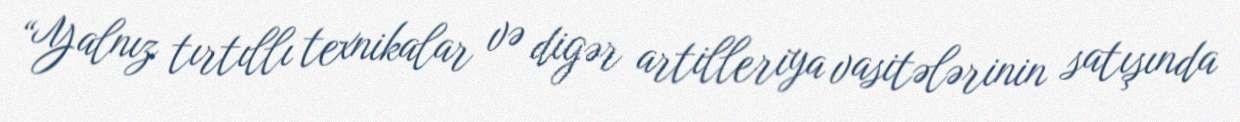
“Yalnız tırtıllı texnikalar və digər artilleriya vasitələrinin satışında